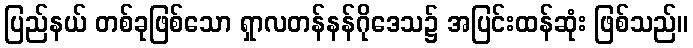
ပြည်နယ် တစ်ခုဖြစ်သော ရှာလတန်နန်ဂိုဒေသ၌ အပြင်းထန်ဆုံး ဖြစ်သည်။